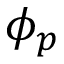
\phi _ { p }